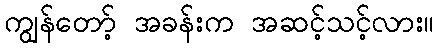
ကျွန်တော့် အခန်းက အဆင့်သင့်လား။